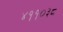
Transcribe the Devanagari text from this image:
४११०३८